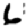
Digit: 6